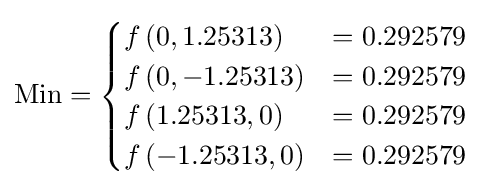
{\text{Min}}={\begin{cases}f\left(0,1.25313\right)&=0.292579\\f\left(0,-1.25313\right)&=0.292579\\f\left(1.25313,0\right)&=0.292579\\f\left(-1.25313,0\right)&=0.292579\end{cases}}